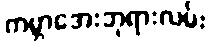
ကမ္ဘာအေးဘုရားလမ်း